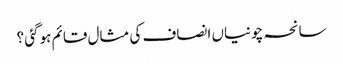
سانحہ چونیاں انصاف کی مثال قائم ہوگئی ؟